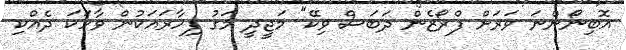
އޮބިނޯންނަ ވަރަށް ފްރޯޒެން ދަބަސް ވިކޭ" މަޖީދީ މަގު ފިހާރައަކުން ވާހަކަ ދެއްކި